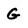
Character: G